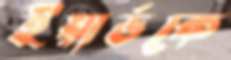
ইয়ার্ডকে